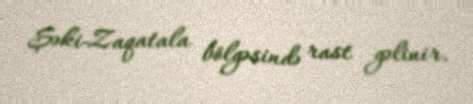
Şəki-Zaqatala bölgəsində rast gəlinir.